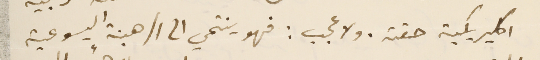
اكليريكية حقة. ولا عجب: فهو ينتمي الى الرهبنة اليسوعية